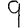
Digit: 9